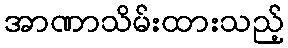
အာဏာသိမ်းထားသည့်